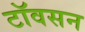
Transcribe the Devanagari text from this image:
टॉवसन